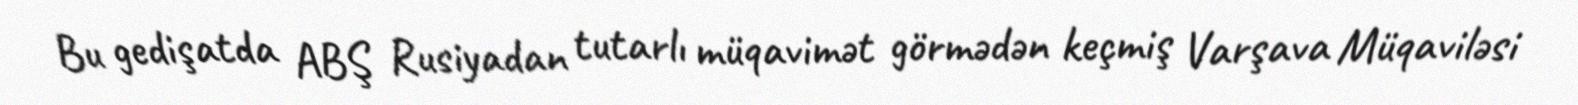
Bu gedişatda ABŞ Rusiyadan tutarlı müqavimət görmədən keçmiş Varşava Müqaviləsi